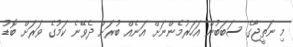
މި ނަތީޖާގެ ސަބަބުން އަހަރުމެންނަށް އަނެއް ބުރަށް ދެވޭނެ ކަމުގެ ވަރަށް ބޮޑު